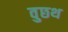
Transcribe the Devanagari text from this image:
वुछथ